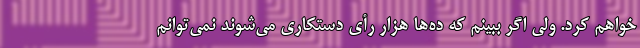
خواهم کرد. ولی اگر ببینم که ده‌ها هزار رأی دستکاری می‌شوند نمی‌توانم